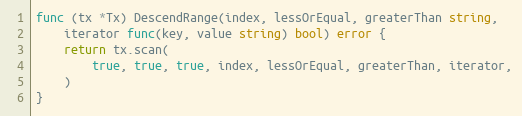
Language: Go
func (tx *Tx) DescendRange(index, lessOrEqual, greaterThan string,
	iterator func(key, value string) bool) error {
	return tx.scan(
		true, true, true, index, lessOrEqual, greaterThan, iterator,
	)
}